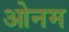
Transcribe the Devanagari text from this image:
ओनम